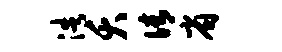
浩夭倩省